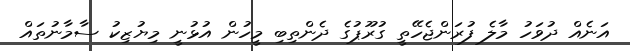
އަނެއް ދުވަހު މާލެ ފުރަންޖެހޭތީ ގުރޫޕުގެ ދެންތިބި މީހުން އުޅުނީ މިޔުޒިކު ސާމާނުތައް